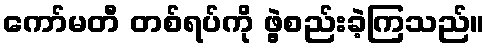
ကော်မတီ တစ်ရပ်ကို ဖွဲ့စည်းခဲ့ကြသည်။